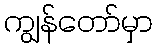
ကျွန်တော်မှာ